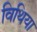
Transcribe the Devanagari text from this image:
विथिया